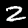
Digit: 2